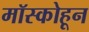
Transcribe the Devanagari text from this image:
मॉस्कोहून